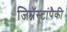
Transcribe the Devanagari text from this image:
जिम्नॅस्टांपैकी